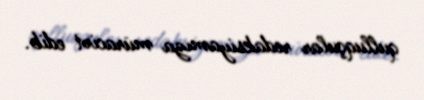
qulluqçular redaksiyamıza müraciət edib.